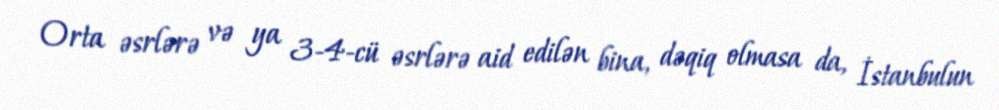
Orta əsrlərə və ya 3-4-cü əsrlərə aid edilən bina, dəqiq olmasa da, İstanbulun